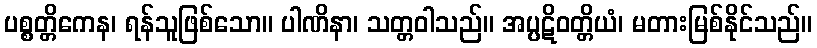
ပစ္စတ္တိကေန၊ ရန်သူဖြစ်သော။ ပါဏိနာ၊ သတ္တဝါသည်။ အပ္ပဋိဝတ္တိယံ၊ မတားမြစ်နိုင်သည်။